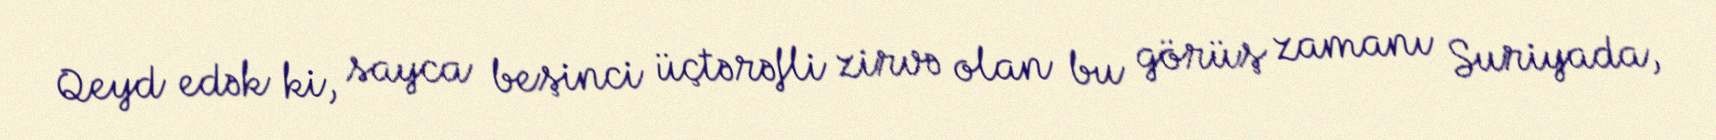
Qeyd edək ki, sayca beşinci üçtərəfli zirvə olan bu görüş zamanı Suriyada,